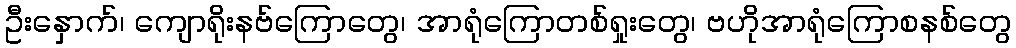
ဦးနှောက်၊ ကျောရိုးနဗ်ကြောတွေ၊ အာရုံကြောတစ်ရှုးတွေ၊ ဗဟိုအာရုံကြောစနစ်တွေ